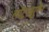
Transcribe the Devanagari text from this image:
लॉटरब्रुनेन